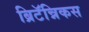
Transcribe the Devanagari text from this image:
ब्रिटॅन्निकस